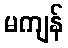
မကျန်